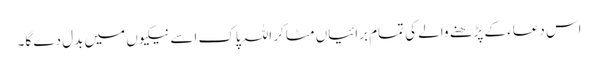
اس دعاء کے پڑھنے والے کی تمام برائیاں مٹا کر اللہ پاک اسے نیکیوں میں بدل دے گا۔